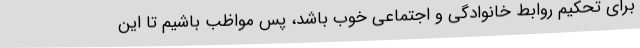
برای تحکیم روابط خانوادگی و اجتماعی خوب باشد، پس مواظب باشیم تا این